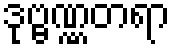
ဒုဗ္ဗဏ္ဏတရာ